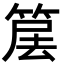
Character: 𥮱